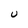
Character: U